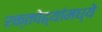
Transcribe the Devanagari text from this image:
रक्तपेढ्यांमध्ये